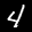
Label: 4